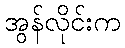
အွန်လိုင်းက